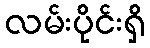
လမ်းပိုင်းရှိ